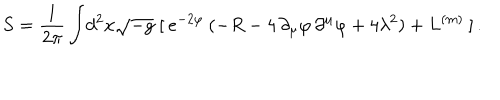
S = \frac { 1 } { 2 \pi } \int \! d ^ { 2 } x \sqrt { - g } \; [ \: e ^ { - 2 \varphi } \: ( - R - 4 \, \partial _ { \mu } \varphi \, \partial ^ { \mu } \varphi + 4 \lambda ^ { 2 } ) + L ^ { ( m ) } \: ] \, .